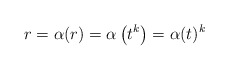
\begin{align*}r = \alpha(r) = \alpha\left( t^k\right) = \alpha(t)^k \end{align*}